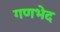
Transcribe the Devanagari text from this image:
गणभेद